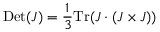
\mathrm { D e t } ( J ) = \frac { 1 } { 3 } \mathrm { T r } ( J \cdot ( J \times J ) )